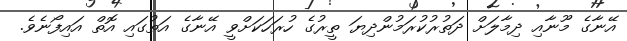
އޭނާގެ މޫނާއި ދިމާލަށް ދަތުރުކުރަމުންދިޔަ ތީރުގެ ހުރަހަކަށްވީ އޭނާގެ އަތުގައި އޮތް އައިފޯނެވެ.